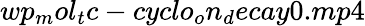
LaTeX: wp_{m}ol_{t}c-cyclo_{o}n_{d}ecay0.mp4